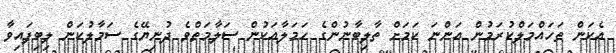
އެކަން ތަހައްމަލްކުރަމުން އަންނަ ކަމަށް ތާލިބާނުންގެ ހަމަލާއަކުން ސަލާމަތްވެ ދުނިޔޭގެ ސަމާލުކަން ލިބިފައިވާ